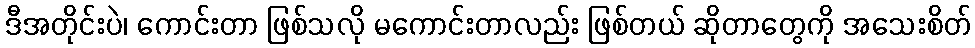
ဒီအတိုင်းပဲ၊ ကောင်းတာ ဖြစ်သလို မကောင်းတာလည်း ဖြစ်တယ် ဆိုတာတွေကို အသေးစိတ်